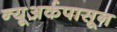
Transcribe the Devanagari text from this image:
न्यूअर्कपासून